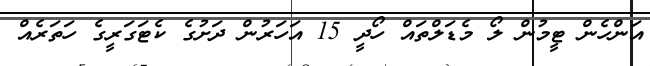
އަންހެން ޓީމުން ލޯ މެޑަލްތައް ހޯދީ 15 އަހަރުން ދަށުގެ ކެޓަގަރީގެ ހަތަރެއް